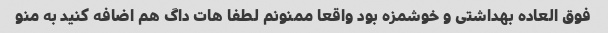
فوق العاده بهداشتی و خوشمزه بود واقعا ممنونم لطفا هات داگ هم اضافه کنید به منو